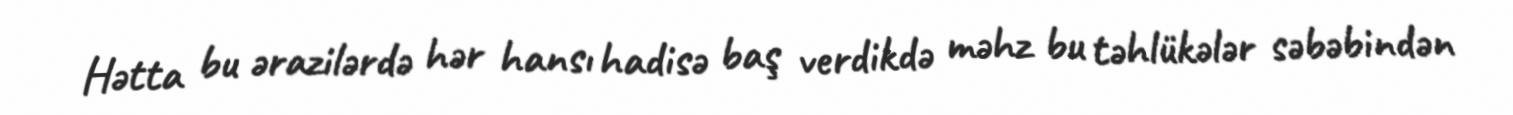
Hətta bu ərazilərdə hər hansı hadisə baş verdikdə məhz bu təhlükələr səbəbindən